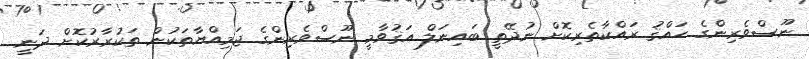
ނޫސްވެރިންގެ ޙައްޤު ރައްކާތެރިކޮށް ނުދޭތީ ބައިނަލް އަޤުވާމީ ނޫސްވެރިންގެ ޖަމިއްޔާތަކުން ތަކުރާރުކޮށް ދަނީ